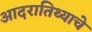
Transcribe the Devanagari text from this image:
आदरातिथ्याचे